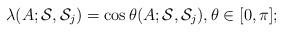
LaTeX: \begin{align*}\lambda(A; {\cal S}, {\cal S}_j)=\cos \theta (A; {\cal S}, {\cal S}_j) , \theta \in [0, \pi];\end{align*}